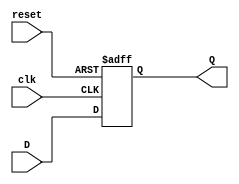
`timescale 1ns / 1ps
/****************************** C E C S  4 4 0 ******************************
 * 
 * Project:    Lab_Assignment_4
 * Designer:   Joseph Almeida
 * Rev. No.:   Version 1.0
 * Rev. Date:  October 4, 2018 
 *
 * Purpose: General purpose 32-bit register
 *         
 * Notes:
 *
 ****************************************************************************/
module reg32(
    input clk,
    input reset,
    input [31:0] D,
    output reg [31:0] Q
    );

	always@(posedge clk, posedge reset) begin
		if (reset) Q <= 0;
		else Q <= D;
	end
	
endmodule